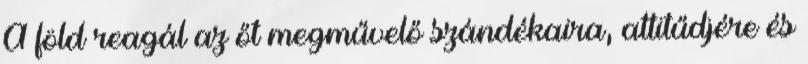
A föld reagál az őt megművelő szándékaira, attitűdjére és